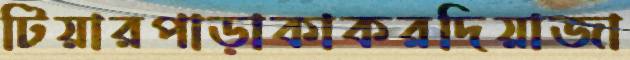
টিয়ারপাড়াকাকরদিয়াজা